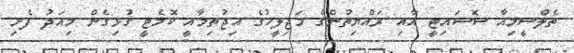
ތެލްސީމިއާ ސޮސައިޓީ އާއި ރައްޔިތުންގެ މަޖިލީހުގެ އިޖުތިމާއީ ކޮމެޓީ ގުޅިގެން މިއަދު ފެށި